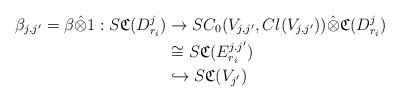
LaTeX: \begin{align*} \beta_{j,j'} = \beta \hat{\otimes} 1: S {\frak C}(D_{r_i}^j) & \to S C_0(V_{j,j'} ,Cl(V_{j,j'})) \hat{\otimes} {\frak C}(D_{r_i}^j) \\& \cong S {\frak C}(E_{r_i}^{j.j'}) \\& \hookrightarrow S {\frak C}(V_{j'}) \end{align*}